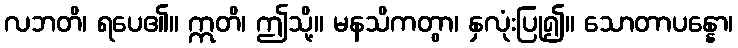
လဘတိ၊ ရပေ၏။ ဣတိ၊ ဤသို့။ မနသိကတွာ၊ နှလုံးပြု၍။ သောတာပန္နော၊